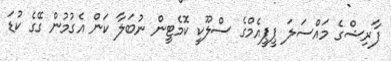
ފާރިޝްގެ މައްސަލަ ޕީޕީއެމްގެ ސްލޫކީ ކޮމެޓީން ނުބަލާ ކަން އެގުމުން ގޭގެ ކުޑަ